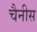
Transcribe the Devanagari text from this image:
चैनीस